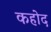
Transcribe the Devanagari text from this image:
कहोद